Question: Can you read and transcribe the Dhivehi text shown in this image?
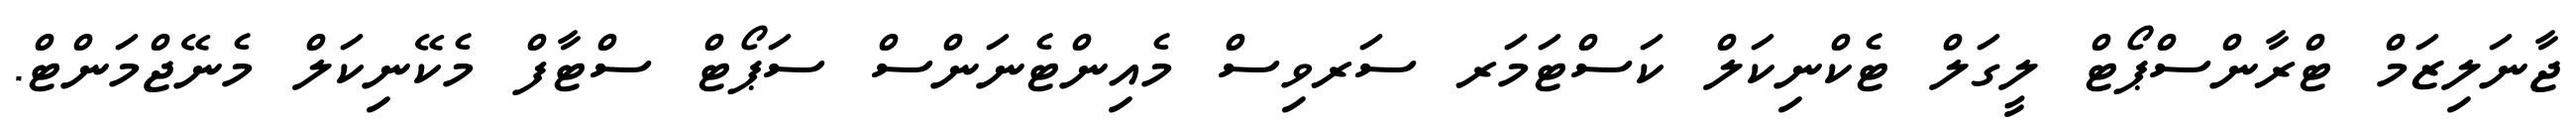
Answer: ޖާނަލިޒަމް ޓްރާންސްޕޯޓް ލީގަލް ޓެކްނިކަލް ކަސްޓަމަރ ސަރވިސް މެއިންޓެނަންސް ސަޕޯޓް ސްޓާފް މެކޭނިކަލް މެނޭޖްމަންޓް.